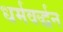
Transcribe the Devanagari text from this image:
धर्मवर्द्धन